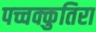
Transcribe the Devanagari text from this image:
पच्चक्कुतिरा